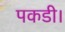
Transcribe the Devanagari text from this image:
पकडी।